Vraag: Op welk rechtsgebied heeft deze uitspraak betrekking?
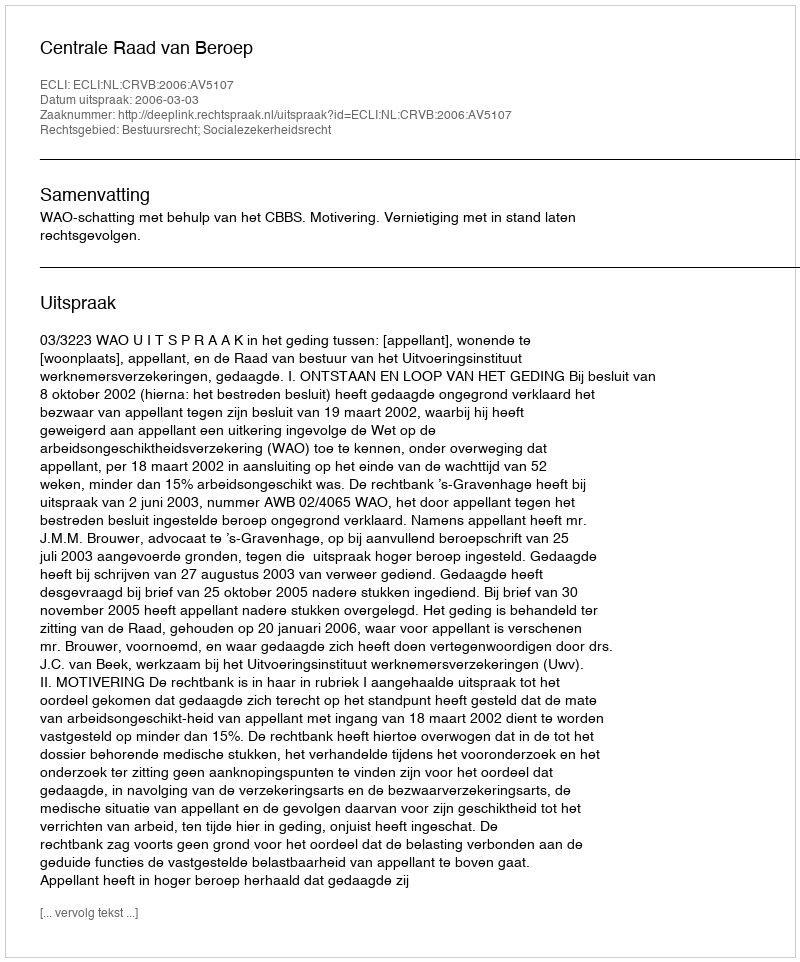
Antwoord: Bestuursrecht; Socialezekerheidsrecht